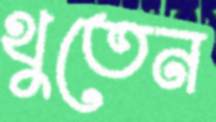
থুতেন